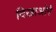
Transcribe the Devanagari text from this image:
दिखाओगे